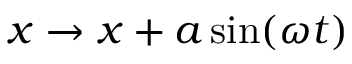
x \to x + a \sin ( \omega t )